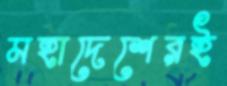
মহাদেশেরই